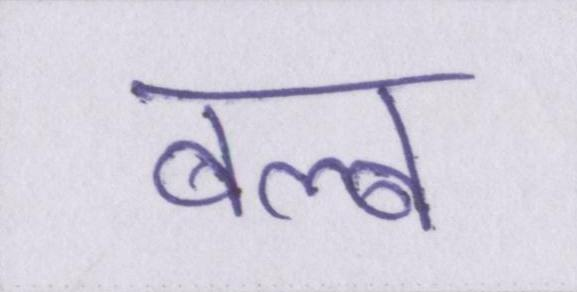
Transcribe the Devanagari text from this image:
बल्ब